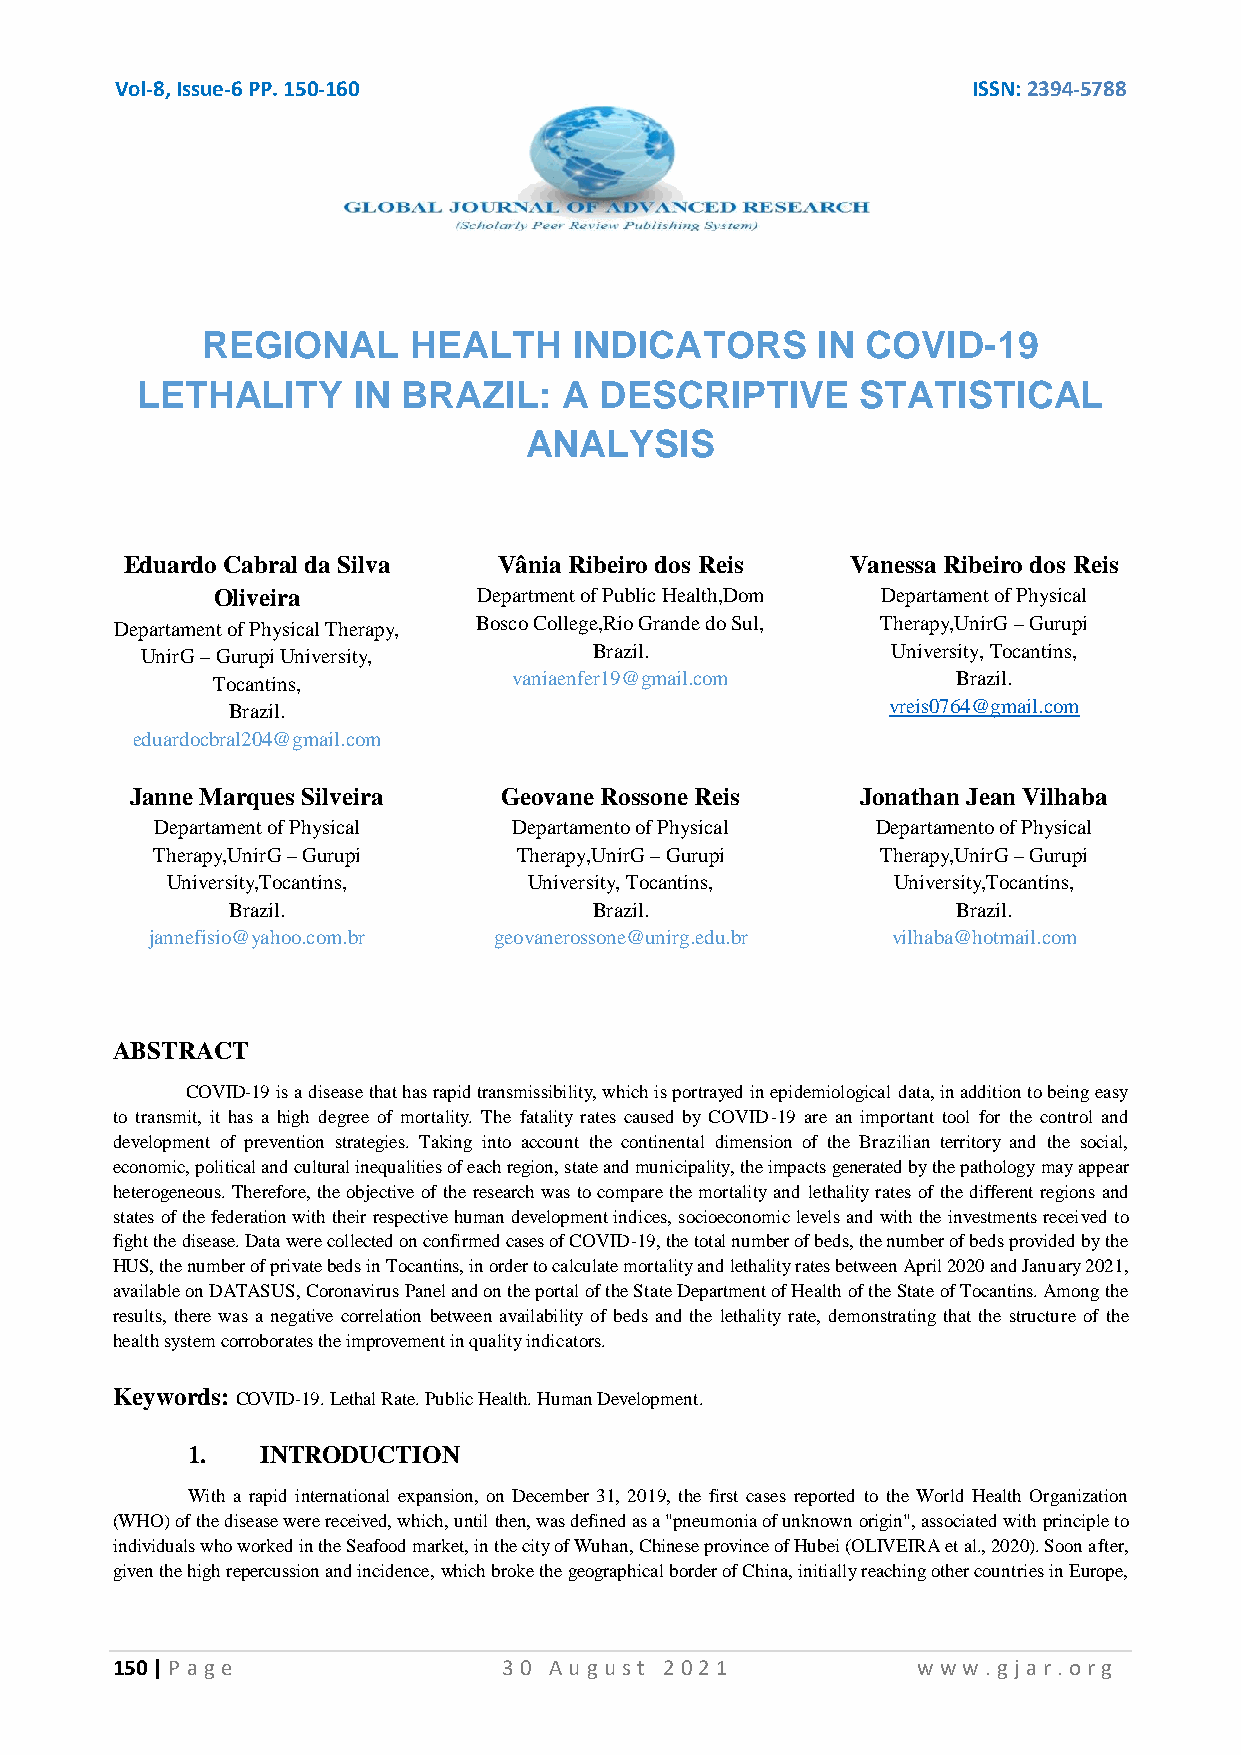
Vol-8, Issue-6 PP. 150-160                              ISSN: 2394-5788
 REGIONAL      HEALTH     INDICATORS      IN COVID-19
 LETHALITY     IN  BRAZIL:   A  DESCRIPTIVE      STATISTICAL
 ANALYSIS
 Eduardo Cabral da Silva  Vânia Ribeiro dos Reis Vanessa Ribeiro dos Reis
 Oliveira          Department of Public Health,Dom Departament of Physical
 Departament of Physical Therapy, Bosco College,Rio Grande do Sul, Therapy,UnirG – Gurupi
 UnirG – Gurupi University,    Brazil.             University, Tocantins,
 Tocantins,          vaniaenfer19@gmail.com       Brazil.
 Brazil.                                     vreis0764@gmail.com
 eduardocbral204@gmail.com
 Janne Marques Silveira  Geovane Rossone Reis    Jonathan Jean Vilhaba
 Departament of Physical Departamento of Physical Departamento of Physical
 Therapy,UnirG – Gurupi  Therapy,UnirG – Gurupi  Therapy,UnirG – Gurupi
 University,Tocantins,   University, Tocantins,  University,Tocantins,
 Brazil.                 Brazil.                 Brazil.
 jannefisio@yahoo.com.br geovanerossone@unirg.edu.br vilhaba@hotmail.com
 ABSTRACT
 COVID-19 is a disease that has rapid transmissibility, which is portrayed in epidemiological data, in addition to being easy
 to transmit, it has a high degree of mortality. The fatality rates caused by COVID-19 are an important tool for the control and
 development of prevention strategies. Taking into account the continental dimension of the Brazilian territory and the social,
 economic, political and cultural inequalities of each region, state and municipality, the impacts generated by the pathology may appear
 heterogeneous. Therefore, the objective of the research was to compare the mortality and lethality rates of the different regions and
 states of the federation with their respective human development indices, socioeconomic levels and with the investments received to
 fight the disease. Data were collected on confirmed cases of COVID-19, the total number of beds, the number of beds provided by the
 HUS, the number of private beds in Tocantins, in order to calculate mortality and lethality rates between April 2020 and January 2021,
 available on DATASUS, Coronavirus Panel and on the portal of the State Department of Health of the State of Tocantins. Among the
 results, there was a negative correlation between availability of beds and the lethality rate, demonstrating that the structure of the
 health system corroborates the improvement in quality indicators.
 Keywords: COVID-19. Lethal Rate. Public Health. Human Development.
 1.   INTRODUCTION
 With a rapid international expansion, on December 31, 2019, the first cases reported to the World Health Organization
 (WHO) of the disease were received, which, until then, was defined as a "pneumonia of unknown origin", associated with principle to
 individuals who worked in the Seafood market, in the city of Wuhan, Chinese province of Hubei (OLIVEIRA et al., 2020). Soon after,
 given the high repercussion and incidence, which broke the geographical border of China, initially reaching other countries in Europe,
 150 | P a ge              3 0 Au gu st 2 02 1         www.g ja r.o rg